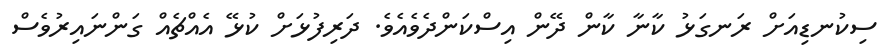
ސިކުނޑިއަށް ރަނގަޅު ކާނާ ކާން ދޭން އިސްކަންދެވެއެވެ. ދަރިފުޅަށް ކުޅޭ އެއްޗެއް ގަންނައިރުވެސް